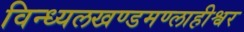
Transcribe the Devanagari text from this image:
विन्ध्यलखण्डमण्लाहीश्वर